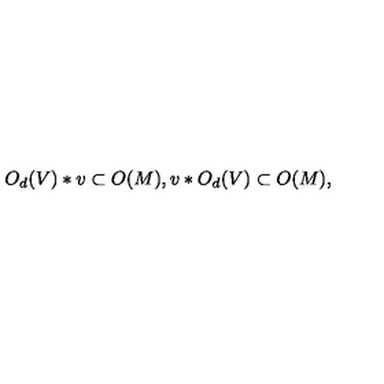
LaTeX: O _ { d } ( V ) * v \subset O ( M ) , v * O _ { d } ( V ) \subset O ( M ) ,